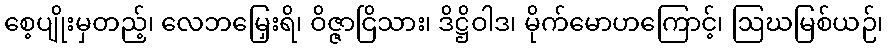
စေ့ပျိုးမှတည့်၊ လေဘမြှေးရိ၊ ဝိဇ္ဇာငြိသား၊ ဒိဋ္ဌိဝါဒ၊ မိုက်မောဟကြောင့်၊ ဩဃမြစ်ယဉ်၊